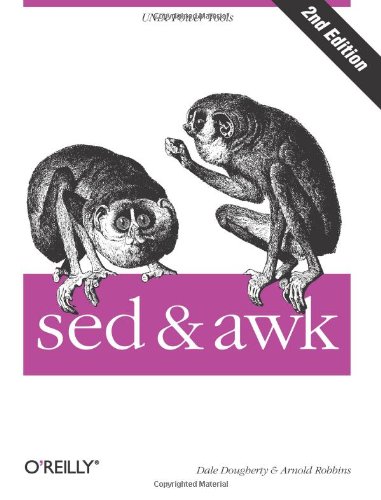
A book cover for sed & awk (Nutshell Handbooks); Dale Dougherty; Computers & Technology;